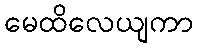
မေထိလေယျကာ